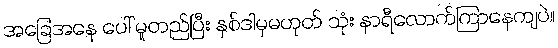
အခြေအနေ ပေါ် မူတည်ပြီး နှစ်ဒါမှမဟုတ် သုံး နာရီလောက်ကြာနေကျပဲ။